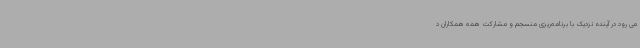
می رود در آینده نزدیک با برنامه‌ریزی منسجم و مشارکت همه همکاران د